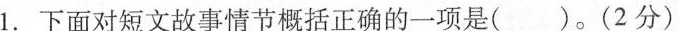
1. 下面对短文故事情节概括正确的一项是( )。